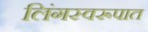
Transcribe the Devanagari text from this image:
लिंगस्वरूपात